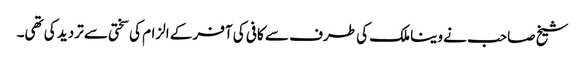
شیخ صاحب نے وینا ملک کی طرف سے کافی کی آفر کے الزام کی سختی سے تردید کی تھی۔